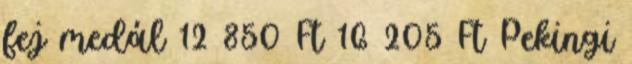
fej medál 12 850 Ft 16 205 Ft Pekingi